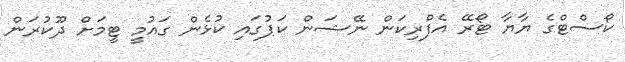
ކޯސްޓްގެ ޔާޔާ ޓޯރޭ އެފްރިކަން ނޭޝަން ކަޕުގައި ކުޅެން ގައުމީ ޓީމަށް ދޫކުރަން